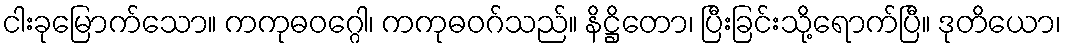
ငါးခုမြောက်သော။ ကကုဓဝဂ္ဂေါ၊ ကကုဓဝဂ်သည်။ နိဋ္ဌိတော၊ ပြီးခြင်းသို့ရောက်ပြီ။ ဒုတိယော၊